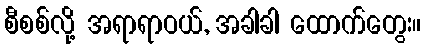
စီစစ်လို့ အရာရာဝယ်, အခါခါ ထောက်တွေး။